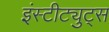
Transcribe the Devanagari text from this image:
इंस्टीट्युट्स